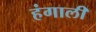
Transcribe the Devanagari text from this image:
हंगाली